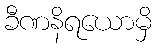
ခီဏနိရယောမှိ